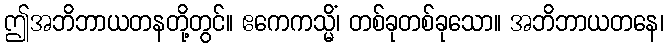
ဤအဘိဘာယတနတို့တွင်။ ဧကေကသ္မိံ၊ တစ်ခုတစ်ခုသော။ အဘိဘာယတနေ၊